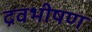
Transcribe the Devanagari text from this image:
द्रवभीषण